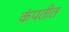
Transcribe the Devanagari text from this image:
कंपतीत